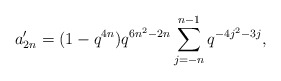
\begin{align*} a'_{2n} = (1-q^{4n})q^{6n^2-2n}\sum_{j=-n}^{n-1}q^{-4j^2-3j}, \end{align*}